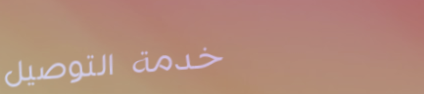
خدمة التوصيل